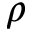
\rho